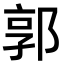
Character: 郭